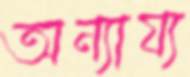
অন্যায্য